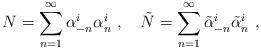
LaTeX: \begin{align*}N=\sum_{n=1}^\infty\alpha_{-n}^i\alpha_n^i~,~~~\tilde{N}=\sum_{n=1}^\infty\tilde{\alpha}_{-n}^i\tilde{\alpha}_n^i\ ,\end{align*}